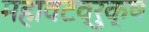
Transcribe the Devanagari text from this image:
महावटव्रुक्ष